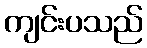
ကျင်းပသည်